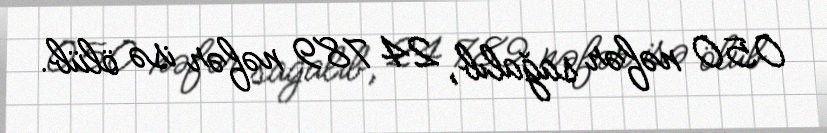
050 nəfər sağalıb, 24 789 nəfər isə ölüb.